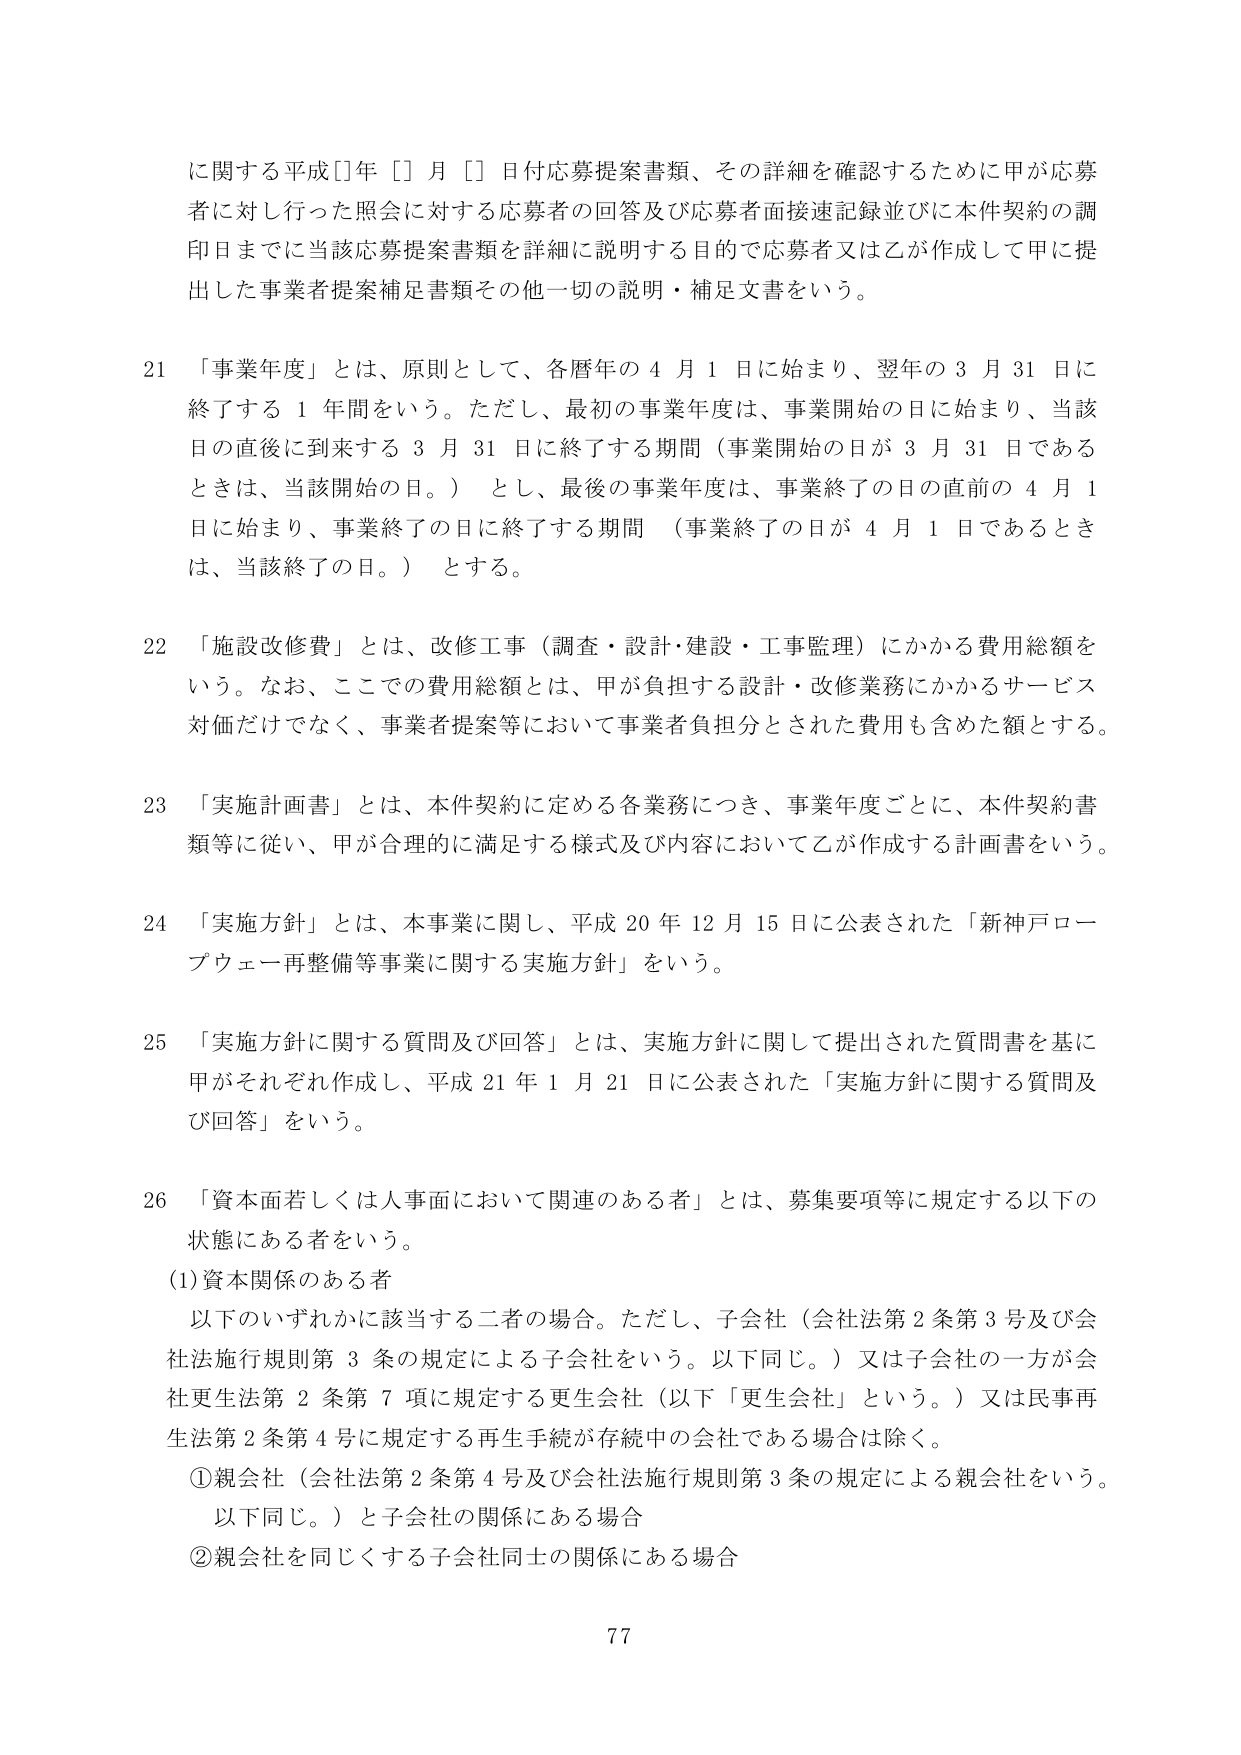
に関する平成[]年[]月[]日付応募提案書類、その詳細を確認するために甲が応募者に対し行った照会に対する応募者の回答及び応募者面接録記録並びに本件契約の調印日までに当該応募提案書類を詳細に説明する目的で応募者又は乙が作成して甲に提出した事業者提案補足書類その他一切の説明・補足文書をいう。

21 「事業年度」とは、原則として、各暦年の4月1日に始まり、翌年の3月31日に終了する1年間をいう。ただし、最初の事業年度は、事業開始の日に始まり、当該日の直後に到来する3月31日に終了する期間（事業開始の日が3月31日であるときは、当該開始の日。）とし、最後の事業年度は、事業終了の日の直前の4月1日に始まり、事業終了の日に終了する期間（事業終了の日が4月1日であるときは、当該終了の日。）とする。

22 「施設改修費」とは、改修工事（調査・設計・建設・工事監理）にかかる費用総額をいう。なお、ここでの費用総額とは、甲が負担する設計・改修業務にかかるサービス対価だけでなく、事業者提案等において事業者負担分とされた費用も含めた額とする。

23 「実施計画書」とは、本件契約に定める各業務につき、事業年度ごとに、本件契約書類等に従い、甲が合理的に満足する様式及び内容において乙が作成する計画書をいう。

24 「実施方針」とは、本事業に関し、平成20年12月15日に公表された「新神戸ロープウェー再整備等事業に関する実施方針」をいう。

25 「実施方針に関する質問及び回答」とは、実施方針に関して提出された質問書を基に甲がそれぞれ作成し、平成21年1月21日に公表された「実施方針に関する質問及び回答」をいう。

26 「資本面若しくは人事面において関連のある者」とは、募集要項等に規定する以下の状態にある者をいう。
(1) 資本関係のある者
以下のいずれかに該当する二者の場合。ただし、子会社（会社法第2条第3号及び会社法施行規則第3条の規定による子会社をいう。以下同じ。）又は子会社の一方が会社更生法第2条第7項に規定する更生会社（以下「更生会社」という。）又は民事再生法第2条第4号に規定する再生手続が存続中の会社である場合は除く。
① 親会社（会社法第2条第4号及び会社法施行規則第3条の規定による親会社をいう。以下同じ。）と子会社の関係にある場合
② 親会社を同じくする子会社同士の関係にある場合

77